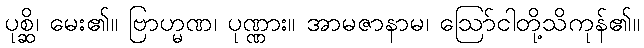
ပုစ္ဆိ၊ မေး၏။ ဗြာဟ္မဏ၊ ပုဏ္ဏား။ အာမဇာနာမ၊ ဩော်ငါတို့သိကုန်၏။